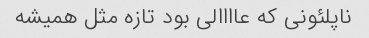
ناپلئونى که عاااالى بود تازه مثل همیشه